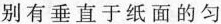
别有垂直于纸面的匀